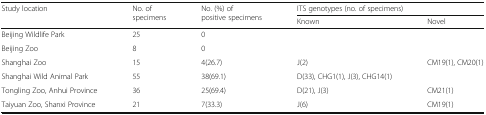
<table><thead><tr><td rowspan="2"><b>Study location</b></td><td rowspan="2"><b>No. of specimens</b></td><td rowspan="2"><b>No. (%) of positive specimens</b></td><td colspan="2"><b>ITS genotypes (no. of specimens)</b></td></tr><tr><td><b>Known</b></td><td><b>Novel</b></td></tr></thead><tbody><tr><td>Beijing Wildlife Park</td><td>25</td><td>0</td><td></td><td></td></tr><tr><td>Beijing Zoo</td><td>8</td><td>0</td><td></td><td></td></tr><tr><td>Shanghai Zoo</td><td>15</td><td>4(26.7)</td><td>J(2)</td><td>CM19(1), CM20(1)</td></tr><tr><td>Shanghai Wild Animal Park</td><td>55</td><td>38(69.1)</td><td>D(33), CHG1(1), J(3), CHG14(1)</td><td></td></tr><tr><td>Tongling Zoo, Anhui Province</td><td>36</td><td>25(69.4)</td><td>D(21), J(3)</td><td>CM21(1)</td></tr><tr><td>Taiyuan Zoo, Shanxi Province</td><td>21</td><td>7(33.3)</td><td>J(6)</td><td>CM19(1)</td></tr></tbody></table>